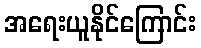
အရေးယူနိုင်ကြောင်း